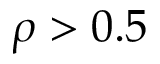
\rho > 0 . 5